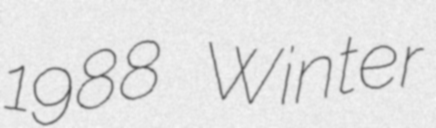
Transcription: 1988 Winter